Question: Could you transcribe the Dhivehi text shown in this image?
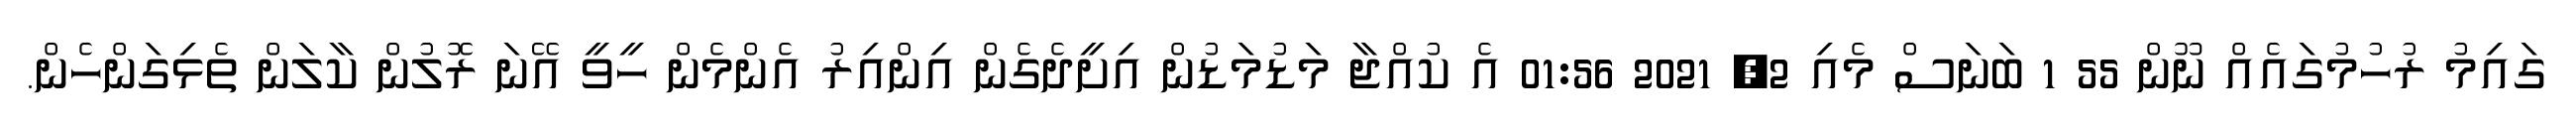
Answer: ގައިމު ރުހުމުގައެއް ނޫން 55 1 ބަނަސް މެއި 2, 2021 01:56 އެ ކުއްޖާ މަޑުމަޑުން އިށީދެގެން އިންއިރު އެންމެން ހީވީ އޭނަ ރޮލުން ކާލަން ތެޅިގަންހެން.